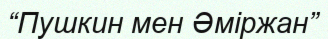
“Пушкин мен Әміржан”